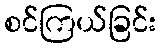
စင်ကြယ်ခြင်း